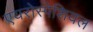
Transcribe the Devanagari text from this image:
एयरोस्पेशियल